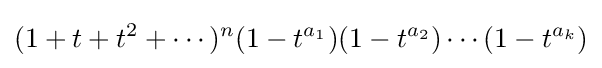
{(1+t+t^{2}+\cdots )^{n}}{(1-t^{a_{1}})(1-t^{a_{2}})\cdots (1-t^{a_{k}})}